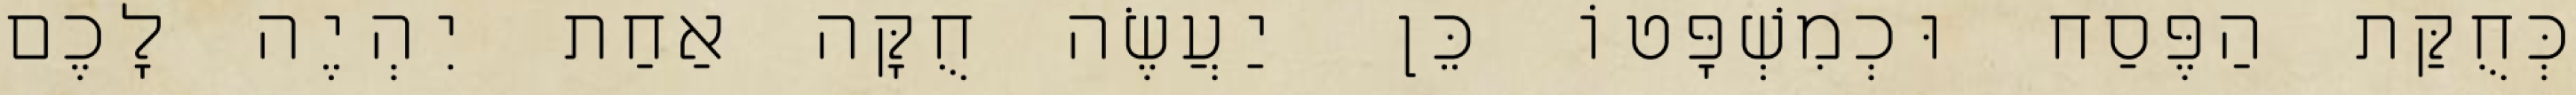
כְּחֻקַּת הַפֶּסַח וּכְמִשְׁפָּטוֹ כֵּן יַעֲשֶׂה חֻקָּה אַחַת יִהְיֶה לָכֶם